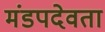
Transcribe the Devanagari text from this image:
मंडपदेवता